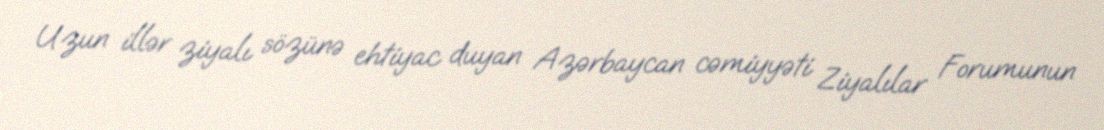
Uzun illər ziyalı sözünə ehtiyac duyan Azərbaycan cəmiyyəti Ziyalılar Forumunun